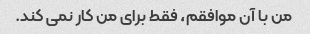
من با آن موافقم، فقط برای من کار نمی کند.